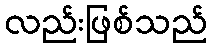
လည်းဖြစ်သည်